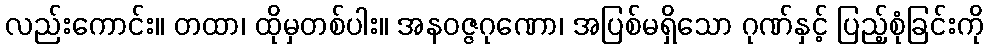
လည်းကောင်း။ တထာ၊ ထိုမှတစ်ပါး။ အနဝဇ္ဇဂုဏော၊ အပြစ်မရှိသော ဂုဏ်နှင့် ပြည့်စုံခြင်းကို